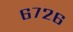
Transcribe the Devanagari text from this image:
६७२६